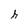
Character: h